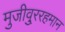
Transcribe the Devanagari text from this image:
मुजीवु्ररहमान